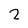
Character: 2